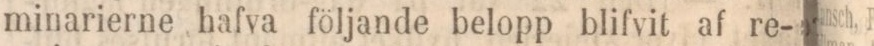
minarierne hafva följande belopp blifvit af re-